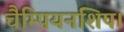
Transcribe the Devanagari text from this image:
चैम्पियनशिप।